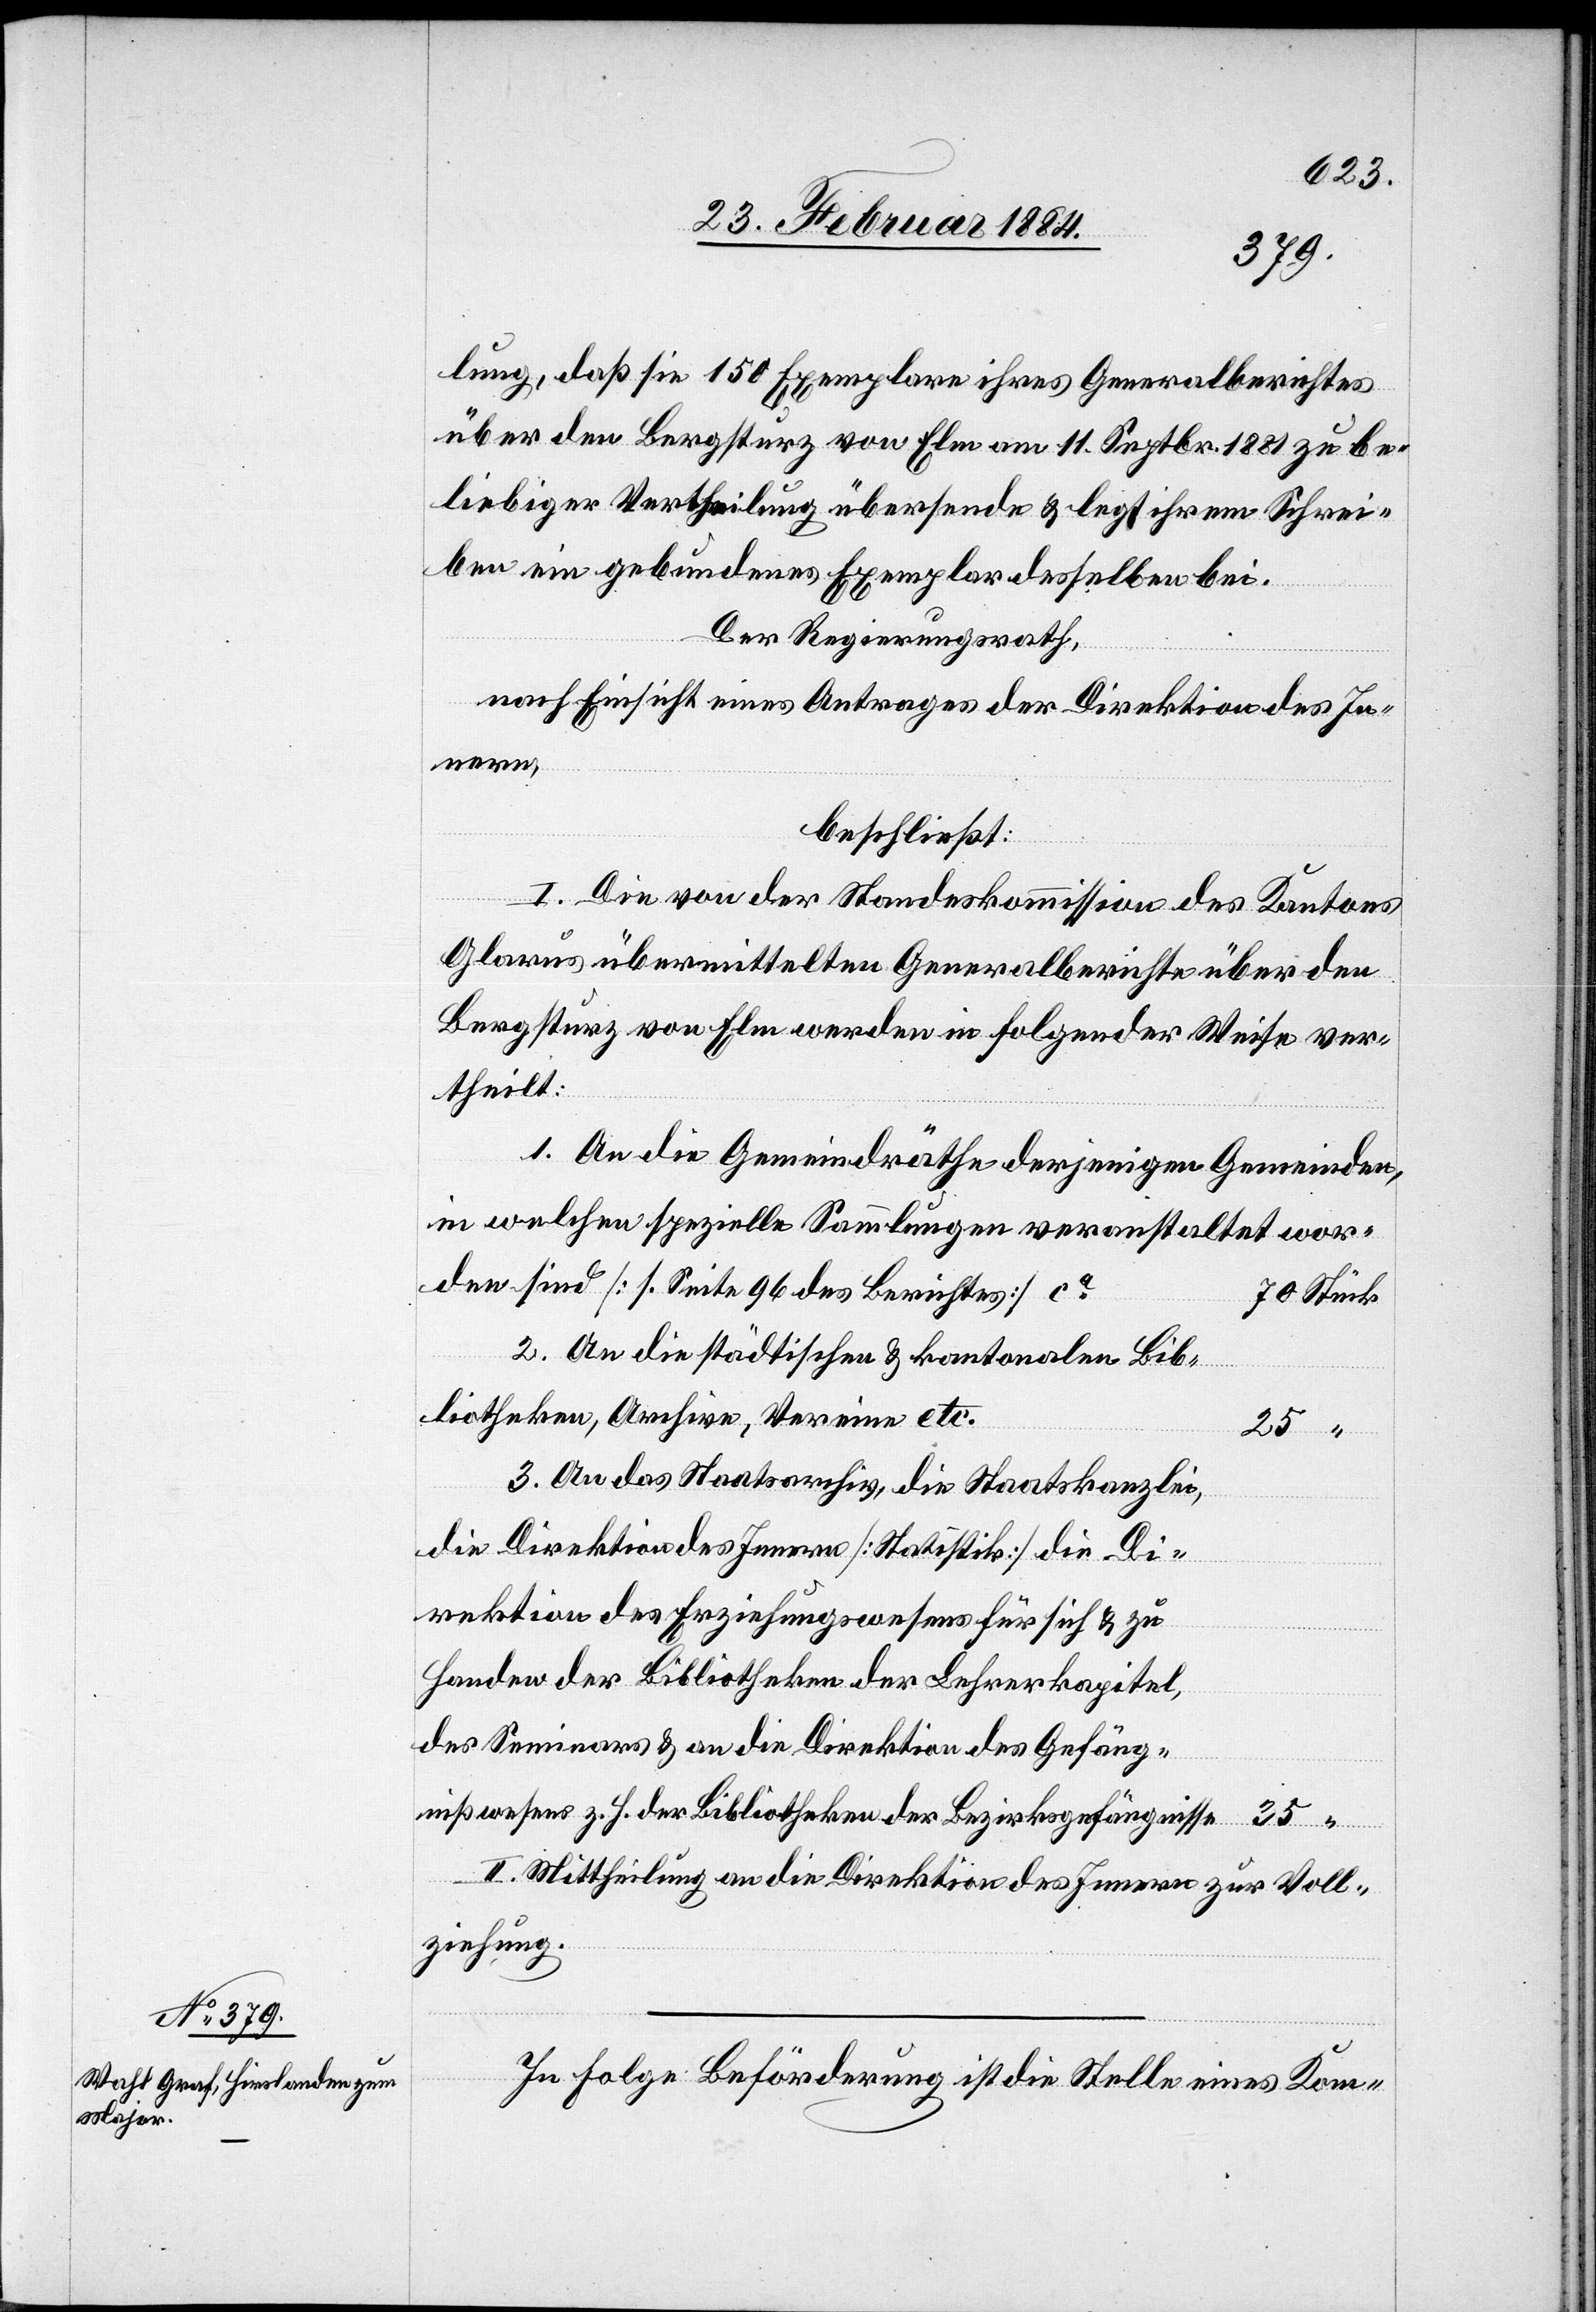
lung, daß sie 150 Exemplare ihres Generalberichtes
über den Bergsturz von Elm am 11. Septbr. 1881 zu be¬
liebiger Vertheilung übersende & legt ihrem Schrei¬
ben ein gebundenes Exemplar desselben bei.
Der Regierungsrath,
nach Einsicht eines Antrages der Direktion des In¬
nern,
beschließt:
I. Die von der Standeskommission des Kantons
Glarus übermittelten Generalberichte über den
Bergsturz von Elm werden in folgender Weise ver¬
theilt:
1. An die Gemeindräthe derjenigen Gemeinden
in welchen spezielle Sammlungen veranstaltet wor¬
den sind [s. Seite 96 des Berichtes] ca
70 Stück
2. An die städtischen & kantonalen Bib¬
liotheken, Archive, Vereine etc.
25 “
3. An das Staatsarchiv, die Staatskanzlei,
die Direktion des Innern [Statistik] die Di¬
rektionen des Erziehungswesens für sich & zu
Handen der Bibliotheken der Lehrerkapital,
des Seminars & an die Direktion des Gefäng¬
nißwesens z. H. der Bibliotheken der Bezirksgefängnisse
II. Mittheilung an die Direktion des Innern zur Voll¬
ziehung.
In Folge Beförderung ist die Stelle eines Kom-